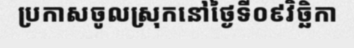
ប្រកាសចូលស្រុកនៅថ្ងៃទី០៩វិច្ឆិកា